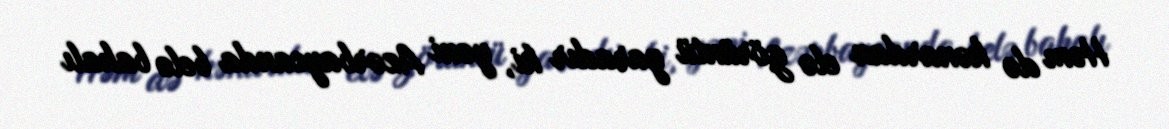
Həm də kənardan elə görüntü yaradır ki, yəni Azərbaycanda belə bahalı